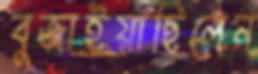
বুজাইয়াছিলেন